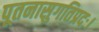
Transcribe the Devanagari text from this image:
पूतनासुगतिप्रदः।